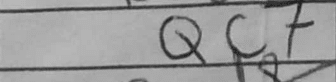
Transcription: Qc7